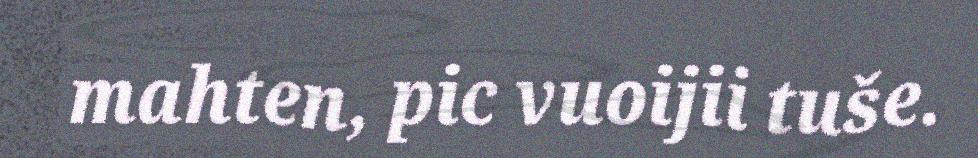
mahten, pic vuoijii tuše.